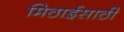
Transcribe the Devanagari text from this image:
मिठाईसाठी